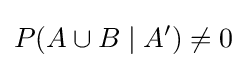
P(A\cup B\mid A')\neq 0